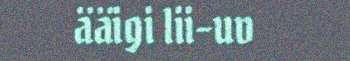
ääigi lii-uv